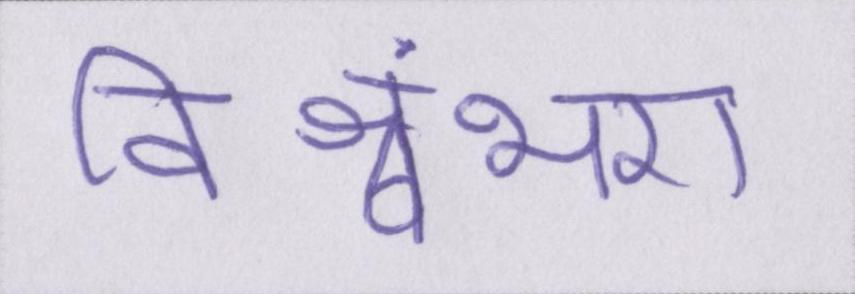
विश्वंभरा